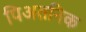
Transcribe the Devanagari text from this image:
पिअतनिक